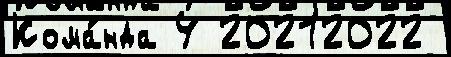
Кома́нда 4 20212022